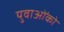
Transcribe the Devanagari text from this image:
युवाओंको